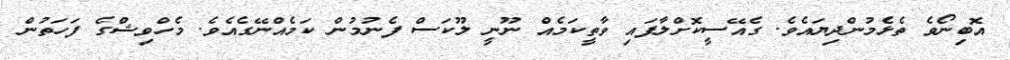
އޮބިނޯވެ ތެޅެމުންދިޔައެވެ. ގެއޭސީކޮށްލާފައި ވާތީކަމެއް ނޫނީ ލޫކަސް ފެނުމުން ކަމެއްނޭގެއެވެ. މެހްވިޝްގެ ފަހަތުން